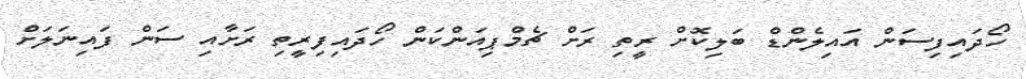
ހޯދައިފިސަން އައިލެންޑް ބަލިކޮށް ރީތި ރަށް ޗެމްޕިއަންކަން ހޯދައިފިރީތި ރަށާއި ސަން ފައިނަލަށް